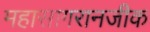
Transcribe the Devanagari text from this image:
महासागरानजीक